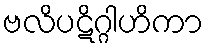
ဗလိပဋိဂ္ဂါဟိကာ